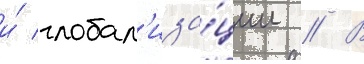
и́ глобал'иза́ции // В